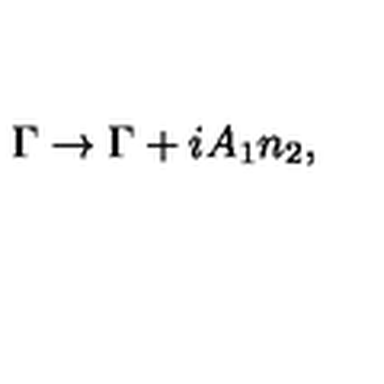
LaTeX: \Gamma \to \Gamma + i A _ { 1 } n _ { 2 } ,